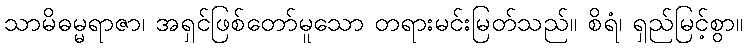
သာမိဓမ္မရာဇာ၊ အရှင်ဖြစ်တော်မူသော တရားမင်းမြတ်သည်။ စိရံ၊ ရှည်မြင့်စွာ။